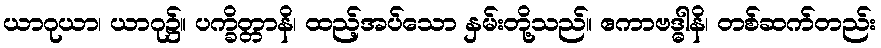
ယာဂုယာ၊ ယာဂု၌။ ပက္ခိတ္တာနိ၊ ထည့်အပ်သော နှမ်းတို့သည်။ ဧကာဗဒ္ဓါနိ၊ တစ်ဆက်တည်း